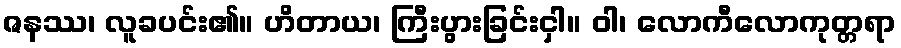
ဇနဿ၊ လူခပင်း၏။ ဟိတာယ၊ ကြီးပွားခြင်းငှါ။ ဝါ၊ လောကီလောကုတ္တရာ